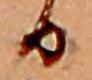
る